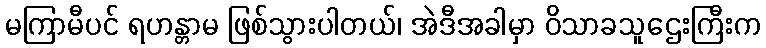
မကြာမီပင် ရဟန္တာမ ဖြစ်သွားပါတယ်၊ အဲဒီအခါမှာ ဝိသာခသူဌေးကြီးက